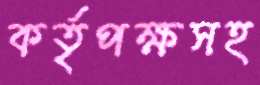
কর্তৃপক্ষসহ